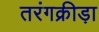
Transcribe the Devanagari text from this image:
तरंगक्रीड़ा